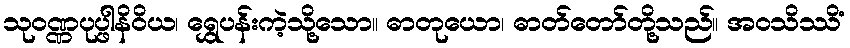
သုဝဏ္ဏပုပ္ဖါနိဝိယ၊ ရွှေပန်းကဲ့သို့သော။ ဓာတုယော၊ ဓာတ်တော်တို့သည်။ အဝသိဿိံ